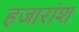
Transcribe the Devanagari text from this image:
हजारांश